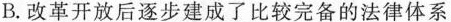
B.改革开放后逐步建成了比较完备的法律体系